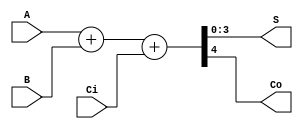
`timescale 1ns / 1ns

module Beh_Add4(A, B, Ci, S, Co);

    input [3:0] A, B;
    input Ci;
    output [3:0] S;
    reg [3:0] S;
    output Co;
    reg Co;

    reg [4:0] A5, B5, S5;

    always @(A, B, Ci) begin
        A5 = {1'b0, A}; B5 = {1'b0, B}; //   ( 1(0) )
        S5 = A5 + B5 + Ci;              // 2 
        S <= S5[3:0];                   // 
        Co <= S5[4];                    // 
    end

endmodule